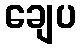
ချေပ